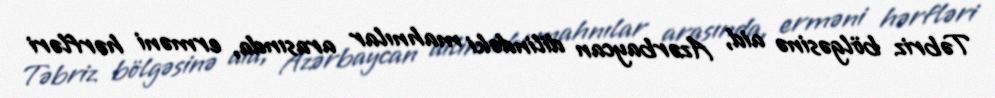
Təbriz bölgəsinə aid, Azərbaycan dilindəki mahnılar arasında, erməni hərfləri